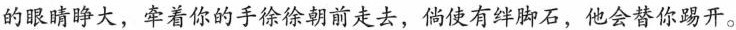
的眼睛睁大，牵着你的手徐徐朝前走去，倘使有绊脚石，他会替你踢开。